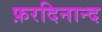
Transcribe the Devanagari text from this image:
फ़रदिनान्द